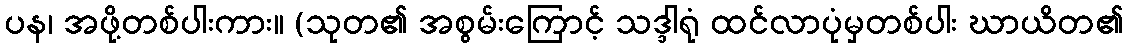
ပန၊ အဖို့တစ်ပါးကား။ (သုတ၏ အစွမ်းကြောင့် သဒ္ဒါရုံ ထင်လာပုံမှတစ်ပါး ဃာယိတ၏